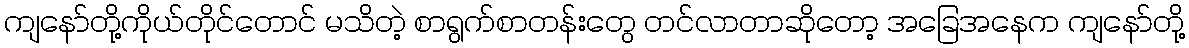
ကျနော်တို့ကိုယ်တိုင်တောင် မသိတဲ့ စာရွက်စာတန်းတွေ တင်လာတာဆိုတော့ အခြေအနေက ကျနော်တို့